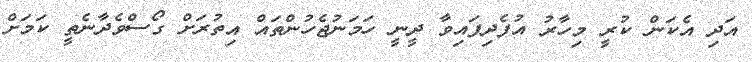
އަދި އެކަން ކުރީ މިހާރު އުފެދިފައިވާ ދީނީ ހަމަނުޖެހުންތައް އިތުރަށް ގޯސްވެދާނެތީ ކަމަށް